Leprosy in India: report of the Leprosy Commission in India, 1890-91
Year: 1890
Disease focus: Leprosy
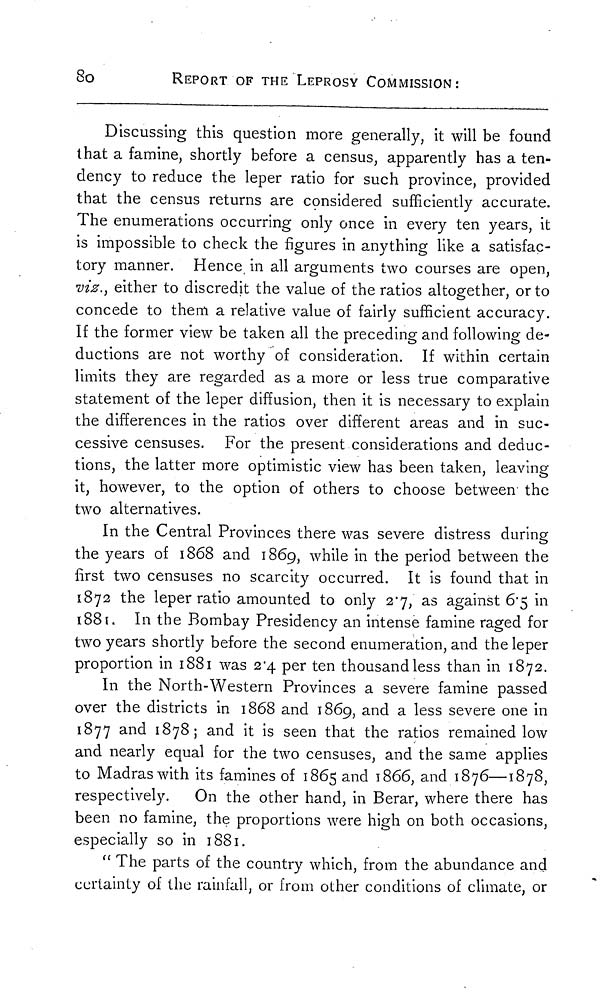
80
REPORT OF THE LEPROSY COMMISSION:
Discussing this question more generally, it will be found
that a famine, shortly before a census, apparently has a ten-
dency to reduce the leper ratio for such province, provided
that the census returns are considered sufficiently accurate.
The enumerations occurring only once in every ten years, it
is impossible to check the figures in anything like a satisfac-
tory manner. Hence in all arguments two courses are open,
viz., either to discredit the value of the ratios altogether, or to
concede to them a relative value of fairly sufficient accuracy.
If the former view be taken all the preceding and following de-
ductions are not worthy of consideration. If within certain
limits they are regarded as a more or less true comparative
statement of the leper diffusion, then it is necessary to explain
the differences in the ratios over different areas and in suc-
cessive censuses. For the present considerations and deduc-
tions, the latter more optimistic view has been taken, leaving
it, however, to the option of others to choose between the
two alternatives.
In the Central Provinces there was severe distress during
the years of 1868 and 1869, while in the period between the
first two censuses no scarcity occurred. It is found that in
1872 the leper ratio amounted to only 2 7, as against 6 5 in
1881, In the Bombay Presidency an intense famine raged for
two years shortly before the second enumeration, and the leper
proportion in 1881 was 2 4 per ten thousand less than in 1872.
In the North-Western Provinces a severe famine passed
over the districts in 1868 and 1869, and a less severe one in
1877 and 1878; and it is seen that the ratios remained low
and nearly equal for the two censuses, and the same applies
to Madras with its famines of 1865 and 1866, and 1876—1878,
respectively.
On the other hand, in Berar, where there has
been no famine, the proportions were high on both occasions,
especially so in 1881.
" The parts of the country which, from the abundance and
certainty of the rainfall, or from other conditions of climate, or